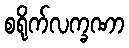
စရိုက်လက္ခဏာ